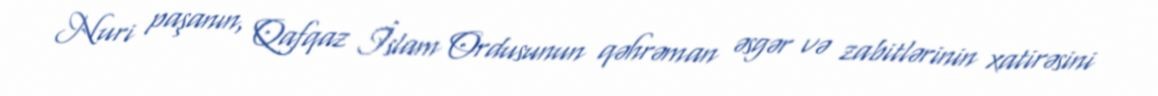
Nuri paşanın, Qafqaz İslam Ordusunun qəhrəman əsgər və zabitlərinin xatirəsini